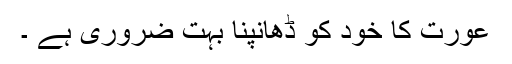
عورت کا خود کو ڈھانپنا بہت ضروری ہے ۔